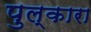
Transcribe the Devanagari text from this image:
पुल्कारा